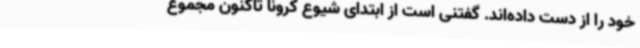
خود را از دست داده‌اند. گفتنی است از ابتدای شیوع کرونا تاکنون مجموع